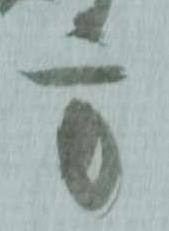
方